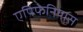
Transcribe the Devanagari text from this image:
एपिफेनियास